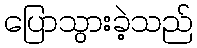
ပြောသွားခဲ့သည်